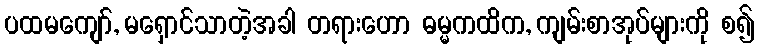
ပထမကျော်, မရှောင်သာတဲ့အခါ တရားဟော ဓမ္မကထိက, ကျမ်းစာအုပ်များကို စ၍